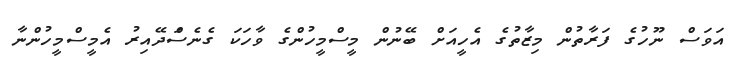
އަވަސް ނޫހުގެ ފަރާތުން މިޒާތުގެ އެހީއަށް ބޭނުން މީސްމީހުންގެ ވާހަކަ ގެނެސްަދޭއިރު އެމީސްމީހުންނާ